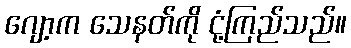
ဂျော့က သေနတ်ကို ငုံ့ကြည်သည်။